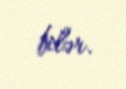
bilər.